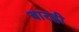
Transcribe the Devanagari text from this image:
बारही